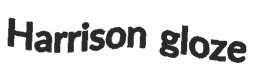
Harrison gloze